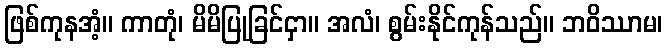
ဖြစ်ကုနအံ့။ ကာတုံ၊ မိမိပြုခြင်ငှာ။ အလံ၊ စွမ်းနိုင်ကုန်သည်။ ဘဝိဿာမ၊